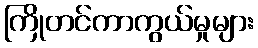
ကြိုတင်ကာကွယ်မှုများ